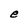
Character: e